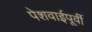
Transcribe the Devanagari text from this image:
पेशवाईपूर्वी